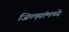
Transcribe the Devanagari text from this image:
जिल्ह्यांंमध्ये